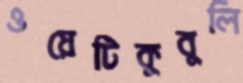
ওয়েটিকুবুলি